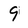
Character: 9